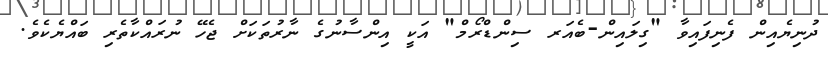
ދުނިޔެއިން ފެނިފައިވާ "ގިލައިން-ބެއަރ ސިންޑްރޯމް" އަކީ އިންސާނުގެ ނާރުތަކަށް ޖެހޭ ނުރައްކާތެރި ބައްޔެކެވެ.